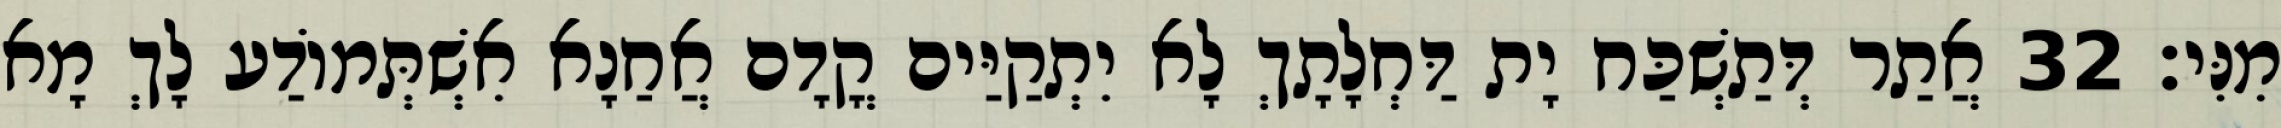
מִנִּי׃ 32 אֲתַר דְּתַשְׁכַּח יָת דַּחְלָתָךְ לָא יִתְקַיַּים קֳדָם אֲחַנָא אִשְׁתְּמוֹדַע לָךְ מָא